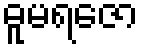
ဓူမရဇော